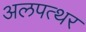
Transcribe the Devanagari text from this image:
अलपत्थर